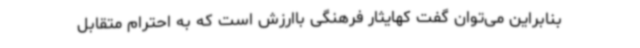
بنابراین می‌توان گفت کهایثار فرهنگی باارزش است که به احترام متقابل